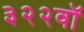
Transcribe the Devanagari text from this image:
३२२वॉ